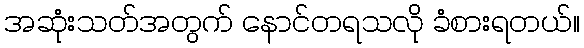
အဆုံးသတ်အတွက် နောင်တရသလို ခံစားရတယ်။